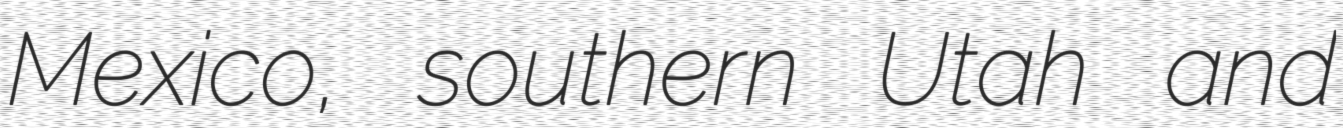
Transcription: Mexico, southern Utah and